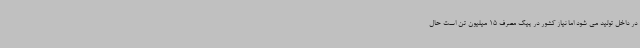
در داخل تولید می شود اما نیاز کشور در پیک مصرف 15 میلیون تن است حال